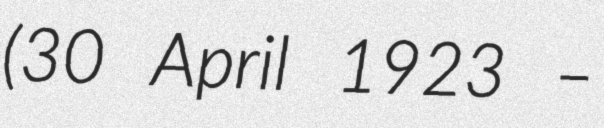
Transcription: (30 April 1923 –